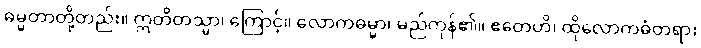
ဓမ္မတာတို့တည်း။ ဣတိတသ္မာ၊ ကြောင့်။ လောကဓမ္မာ၊ မည်ကုန်၏။ ဧတေဟိ၊ ထိုလောကဓံတရား